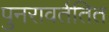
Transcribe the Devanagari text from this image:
पुनरावर्ततित